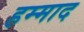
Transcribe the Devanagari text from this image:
हम्माद